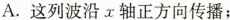
A.这列波沿X轴正方向传播;